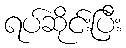
ရပ်ဆိုင်းပြီး